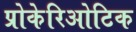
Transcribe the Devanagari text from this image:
प्रोकेरिओटिक